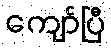
ကျော်ပြီ